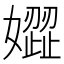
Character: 𡡟